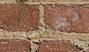
تعمدت